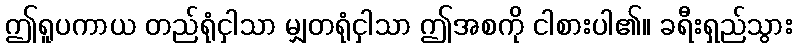
ဤရူပကာယ တည်ရုံငှါသာ မျှတရုံငှါသာ ဤအစကို ငါစားပါ၏။ ခရီးရှည်သွား